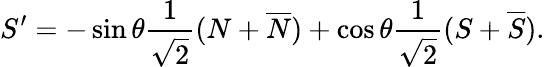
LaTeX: S^{\prime}=-\sin\theta\frac{1}{\sqrt 2}(N+\overline{{N}})+\cos\theta\frac{1}{\sqrt 2}(S+\overline{{S}}).